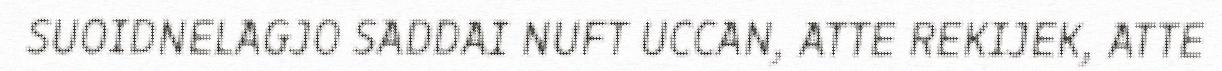
SUOIDNELAGJO SADDAI NUFT UCCAN, ATTE REKIJEK, ATTE